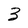
Character: 3